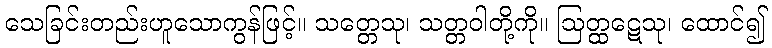
သေခြင်းတည်းဟူသောကွန်ဖြင့်။ သတ္တေသု၊ သတ္တဝါတို့ကို။ ဩတ္ထဋေသု၊ ထောင်၍